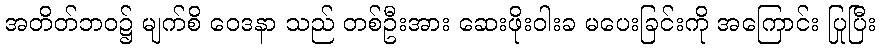
အတိတ်ဘဝ၌ မျက်စိ ဝေဒနာ သည် တစ်ဦးအား ဆေးဖိုးဝါးခ မပေးခြင်းကို အကြောင်း ပြုပြီး